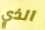
الذي